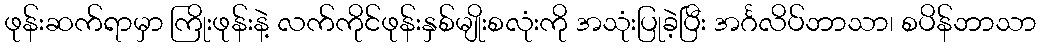
ဖုန်းဆက်ရာမှာ ကြိုးဖုန်းနဲ့ လက်ကိုင်ဖုန်းနှစ်မျိုးစလုံးကို အသုံးပြုခဲ့ပြီး အင်္ဂလိပ်ဘာသာ၊ စပိန်ဘာသာ